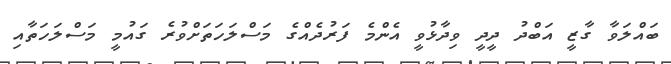
ބައްލަވާ ގާޒީ އަބްދު ދީދީ ވިދާޅުވީ އެންމެ ފަރުދެއްގެ މަސްލަހަތަށްވުރެ ގައުމީ މަސްލަހަތާއި